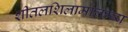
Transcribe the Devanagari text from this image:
शीतलशिलामालम्ब्य